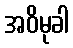
အဝိမုခါ